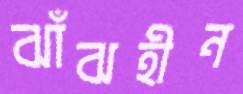
ঝাঁঝহীন